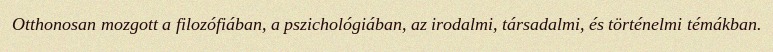
Otthonosan mozgott a filozófiában, a pszichológiában, az irodalmi, társadalmi, és történelmi témákban.